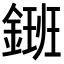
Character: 𨫄